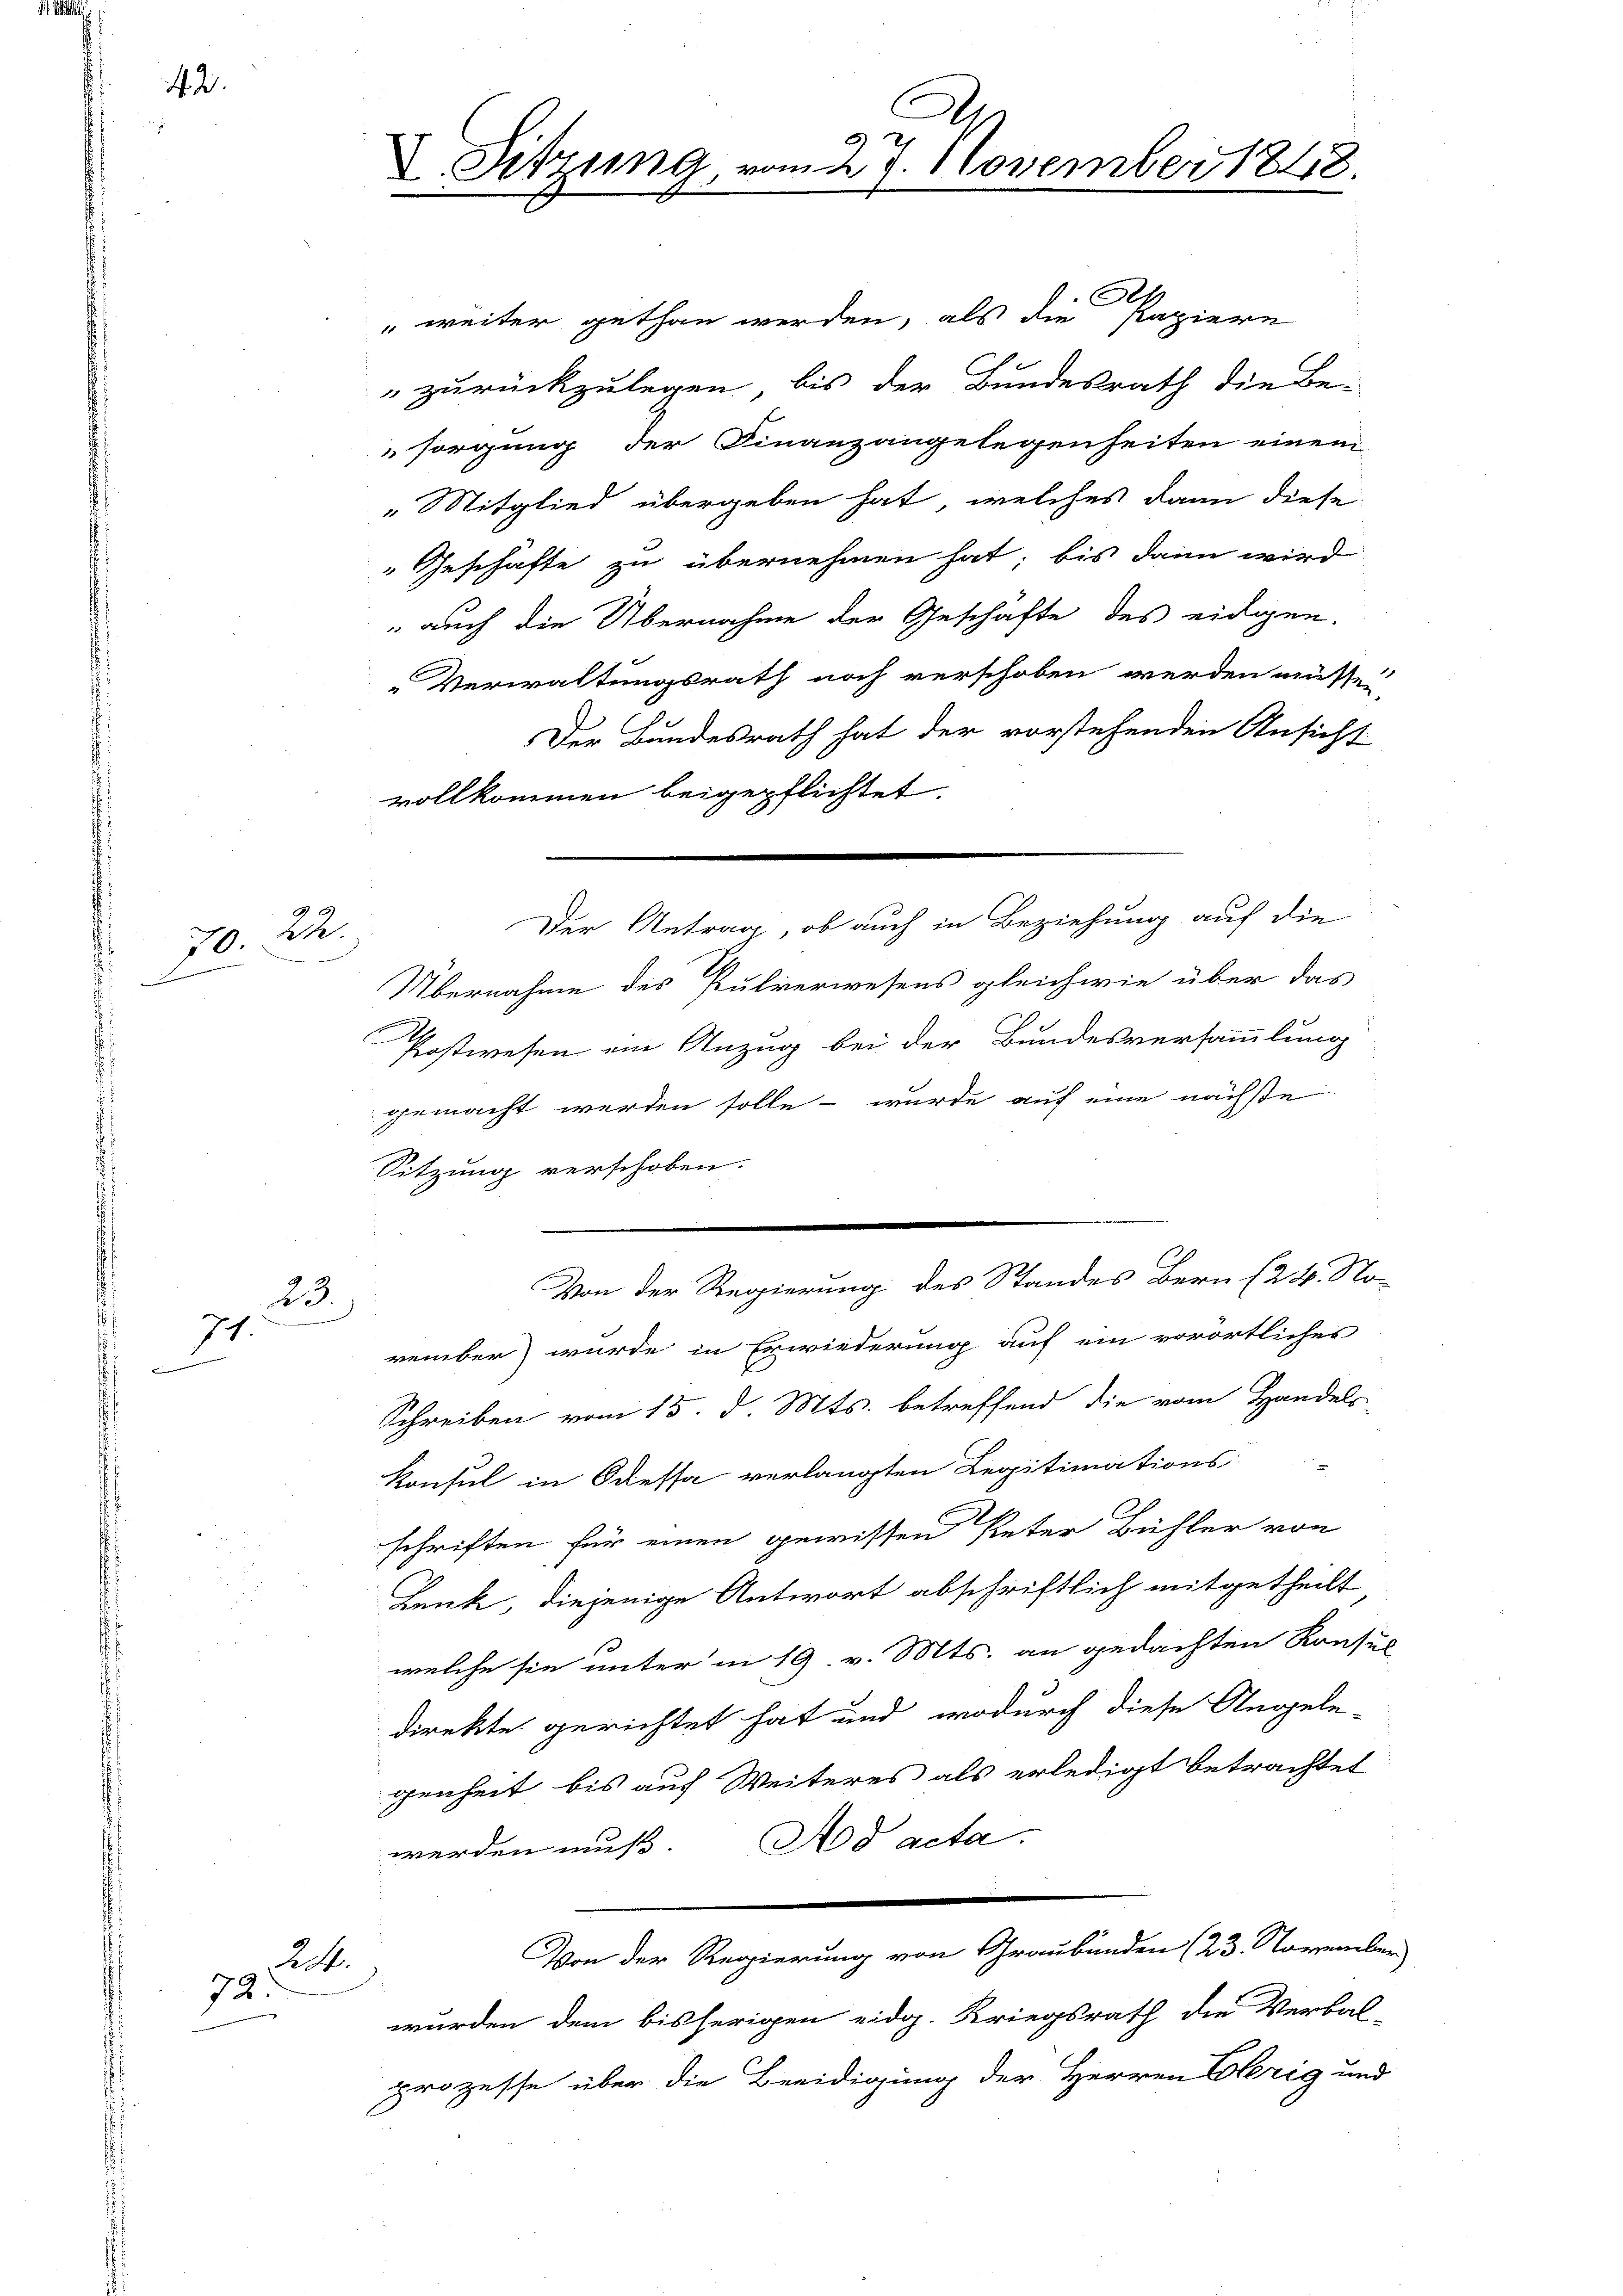
42.

70. 2.
d

23.
71.
d

24.
72.

Sitzung, vom 27. November 1848.

E
" weiter gethan werden, als die Papiern
zurückzulegen, bis der Bundesrath die Be-
sorgung der Finanzangelegenheiten einem
„Mitglied übergeben hat, welches dann diese
Geschäfte zu übernehmen hat; bis dann wird
 auch die Übernahme der Geschäfte des eidigen.
Verwaltungsrath noch verschoben werden müssen,
Der Bundesrath hat der vorstehenden Ansicht
vollkommen beigepflichtet.
Übernahme des Pulverwesens gleichwie über das
Postwesen ein Anzug bei der Bundesversammlung
gemacht werden solle - wurde auf eine nächste
Sitzung verschoben.
Von der Regierung des Standes Bern (24. No-
vember wurde in Erwiederung auf ein vorörtliches
Schreiben vom 15. d. Mts. betreffend die vom Handels-
Konsul in Odessa verlangten Legitimations-
schriften für einen gewissen Peter Bühler von
Lenk, diejenige Antwort abschriftlich mitgetheilt
welche sie unter in 19 v. Mts. an gedachten Konsus
direkte gerichtet hat und wodurch diese Angele-
genheit bis auf Weiteres als erledigt betrachtet
werden muß. Ad acta.
Von der Regierung von Graubünden (23. November
wurden dem bisherigen eidg. Kriegsrath die Verbal-
prozesse über die Beeidigung der Herren Clerig und

Der Antrag, ob auch in Beziehung auf die